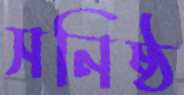
সনিষ্ঠ